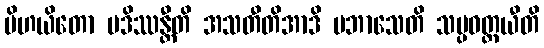
ပိဟယိတော ပဒိဿန္တီတိ အသတီတိအာဒိ ပဘာသေတိ သမ္ပဝတ္တယီတိ